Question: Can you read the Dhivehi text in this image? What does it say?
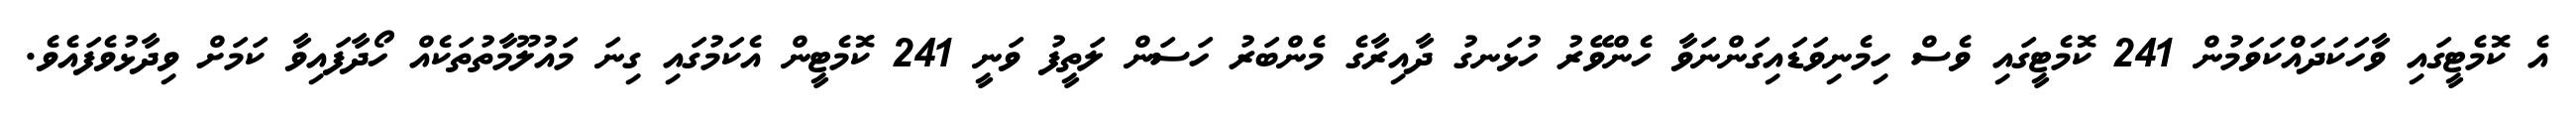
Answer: އެ ކޮމެޓީގައި ވާހަކަދައްކަވަމުން 241 ކޮމެޓީގައި ވެސް ހިމެނިވަޑައިގަންނަވާ ހެންވޭރު ހުޅަނގު ދާއިރާގެ މެންބަރު ހަސަން ލަތީފު ވަނީ 241 ކޮމެޓީން އެކަމުގައި ގިނަ މައުލޫމާތުތަކެއް ހޯދާފައިވާ ކަމަށް ވިދާޅުވެފައެވެ.